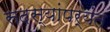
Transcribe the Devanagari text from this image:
सदस्यांपर्यंत